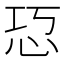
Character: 㤍